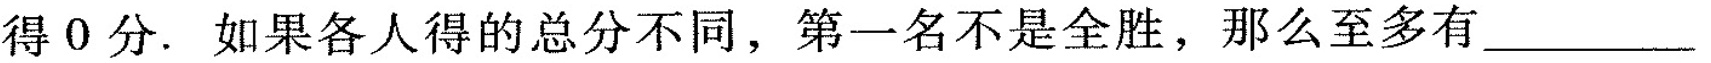
得0分。如果各人得的总分不同，第一名不是全胜，那么至多有___